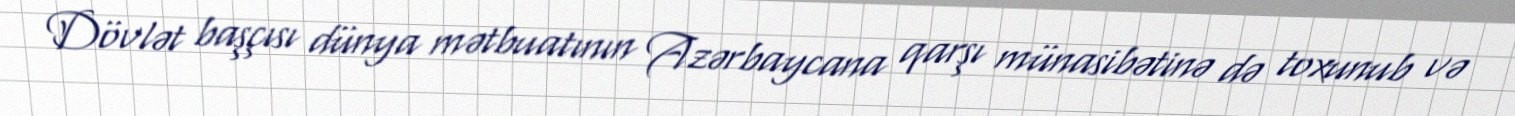
Dövlət başçısı dünya mətbuatının Azərbaycana qarşı münasibətinə də toxunub və